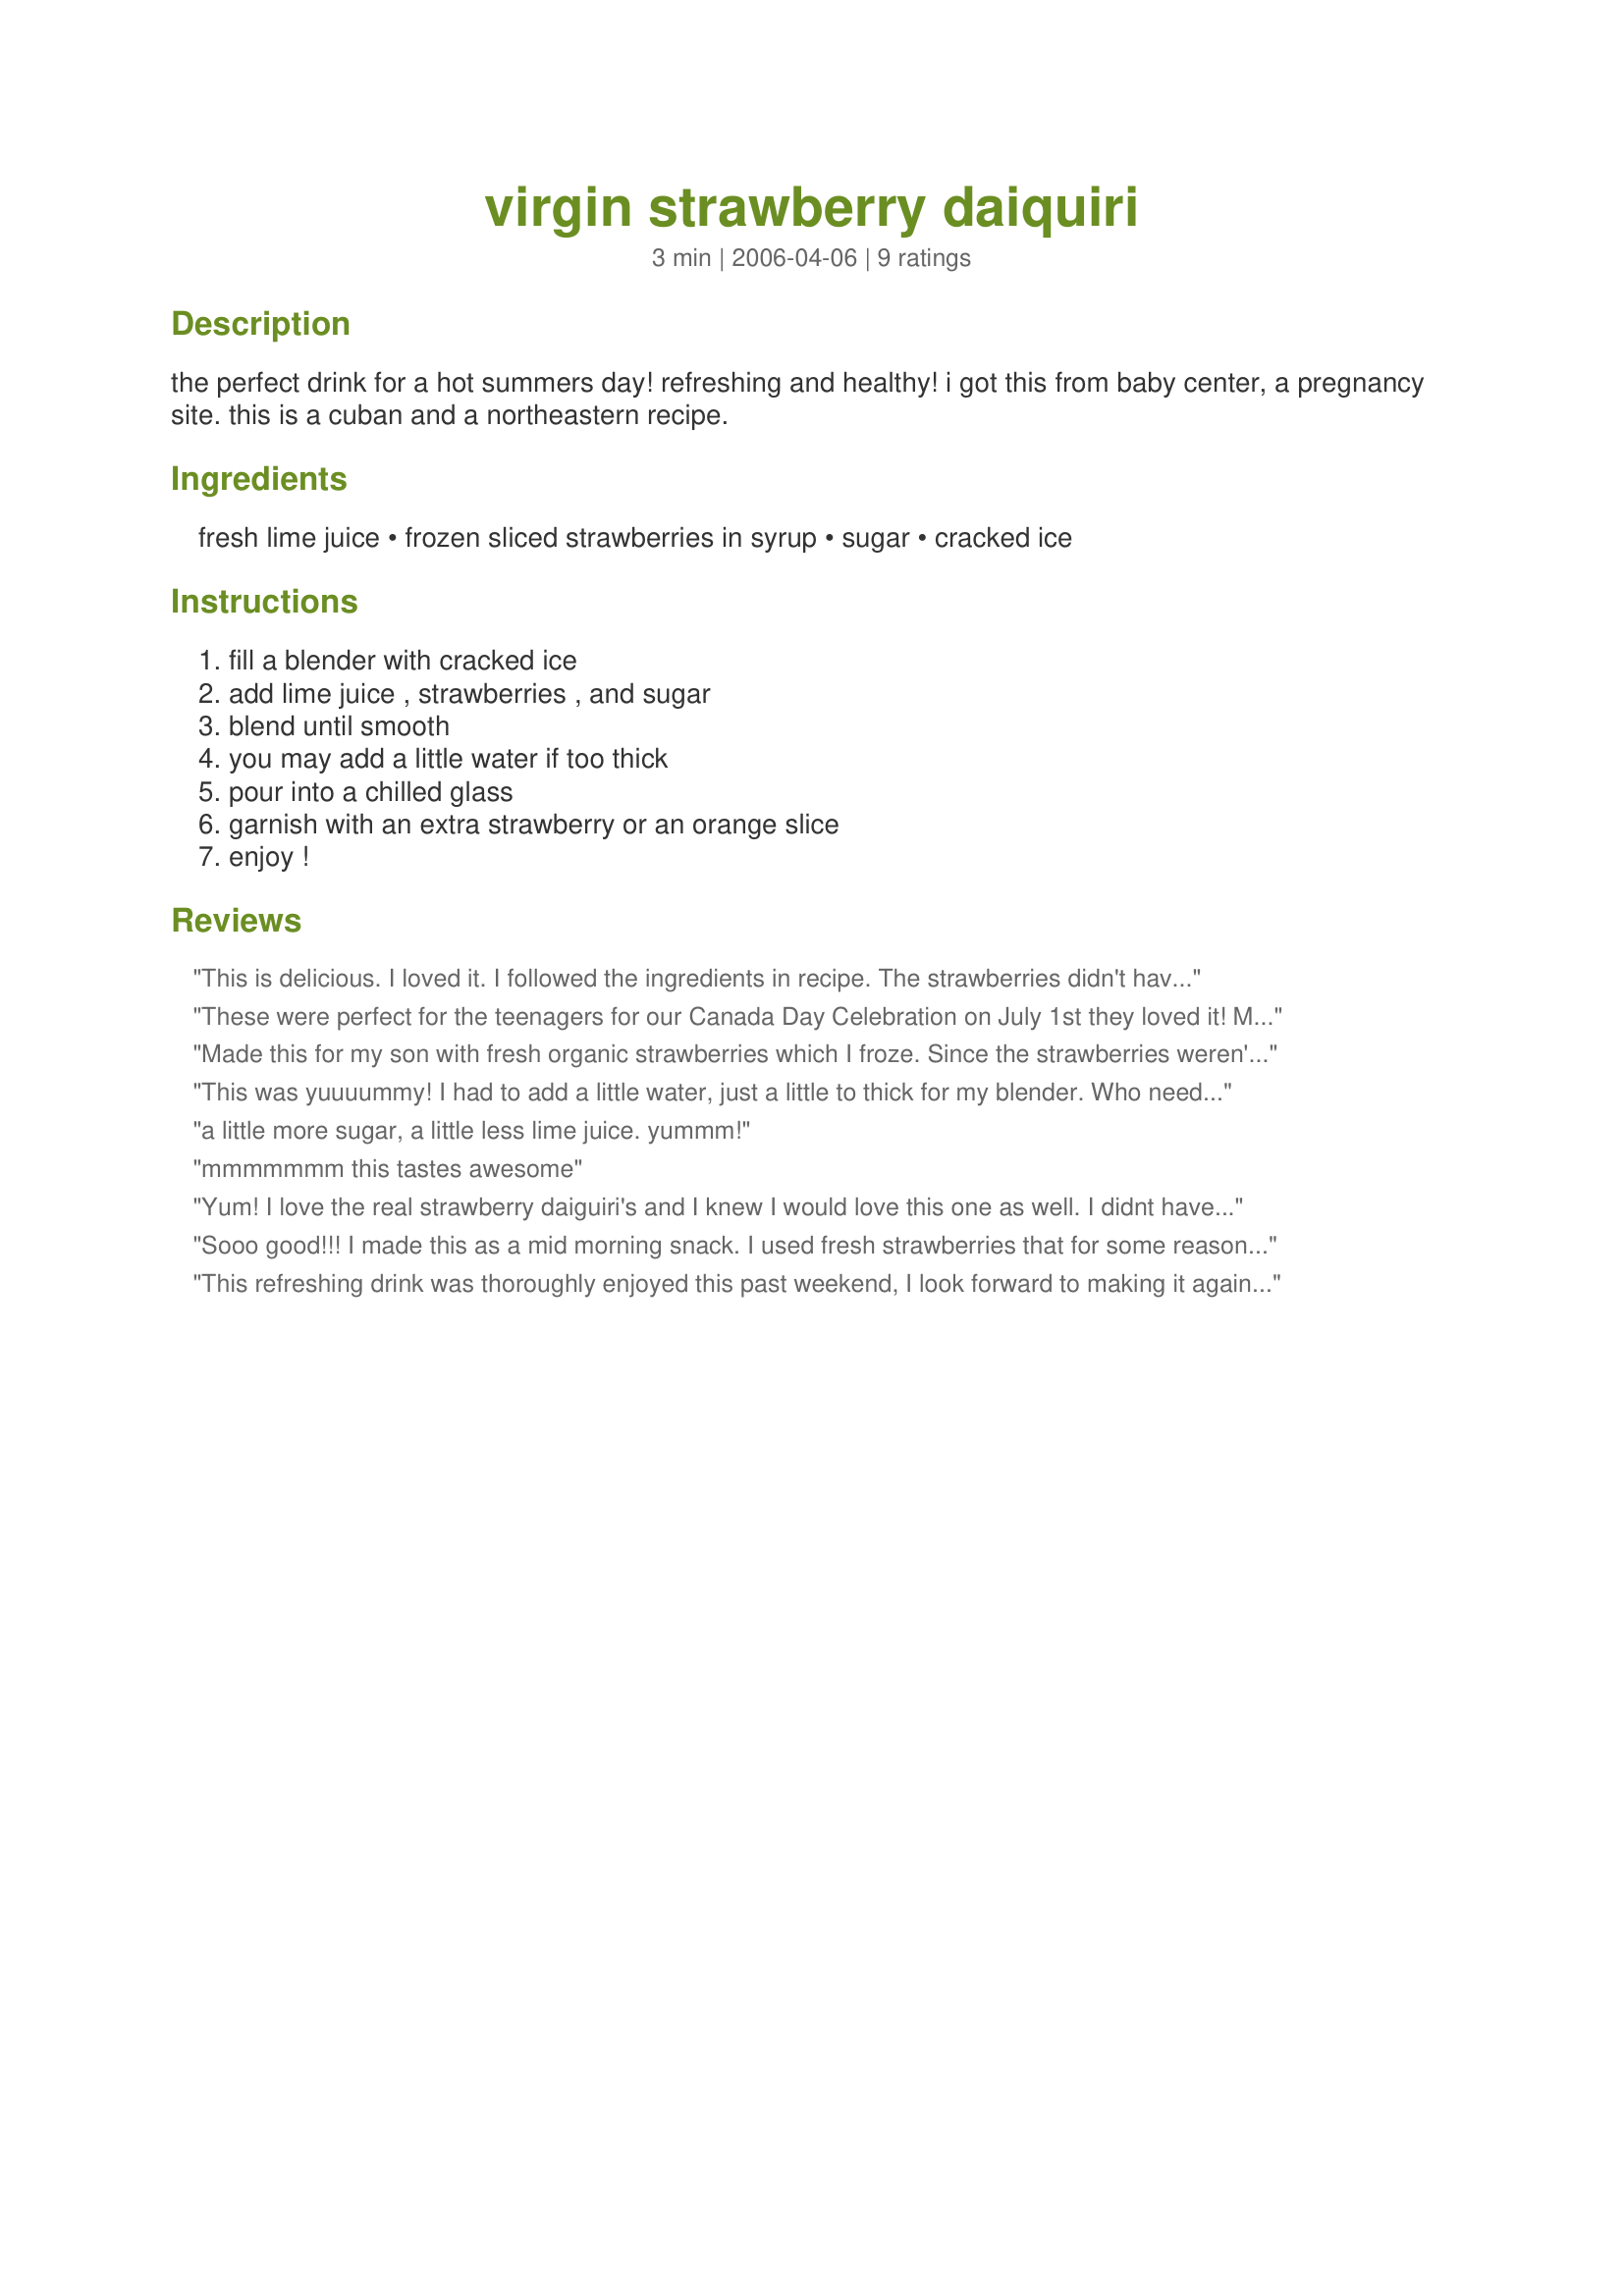
virgin strawberry daiquiri
Preparation time: 3 minutes

the perfect drink for a hot summers day! refreshing and healthy! i got this from baby center, a pregnancy site. this is a cuban and a northeastern recipe.

Ingredients:
fresh lime juice, frozen sliced strawberries in syrup, sugar, cracked ice

Steps:
fill a blender with cracked ice, add lime juice , strawberries , and sugar, blend until smooth, you may add a little water if too thick, pour into a chilled glass, garnish with an extra strawberry or an orange slice, enjoy !

Reviews:
This is delicious. I loved it. I followed the ingredients in recipe. The strawberries didn't have any syrup on them so I added approx 3 T superfine sugar. Made for Market Tag 2007.
These were perfect for the teenagers for our Canada Day Celebration on July 1st they loved it! Made for Comfort Cafe 09 Event.
Made this for my son with fresh organic strawberries which I froze. Since the strawberries weren't in syrup, had to add lots more sugar. Fresh lime juice is delicious with the strawberries. Didn't fill the blender with ice, that would have watered it down too much. Still, a nice base for a virgin daiquiri. Thanks for sharing!
This was yuuuummy! I had to add a little water, just a little to thick for my blender. Who needs the store bought when you have this?
a little more sugar, a little less lime juice. yummm!
mmmmmmm this tastes awesome
Yum! I love the real strawberry daiguiri's and I knew I would love this one as well. I didnt have strawberries in syrup but I did use frozen strawberries. Thanks Sharon!
Sooo good!!! I made this as a mid morning snack. I used fresh strawberries that for some reason were partially frozen in my fruit drawer. I squeezed 1/2 of a lime, which gave me about 1/2 ounce and I then added 3 1/2 ounces strawberries. Since mine weren't in a syrup, I added 3 tsps powdered sugar and some crushed ice and it was perfect. Thanks for sharing the recipe. Made for Sharon's cook-a-thon in memory of DH.
This refreshing drink was thoroughly enjoyed this past weekend, I look forward to making it again soon, it needed more than 1 teaspoon sugar for sure lol! (just personal preference) thanks Sharon!...Kitten:)
